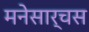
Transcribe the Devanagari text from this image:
मनेसार्चस